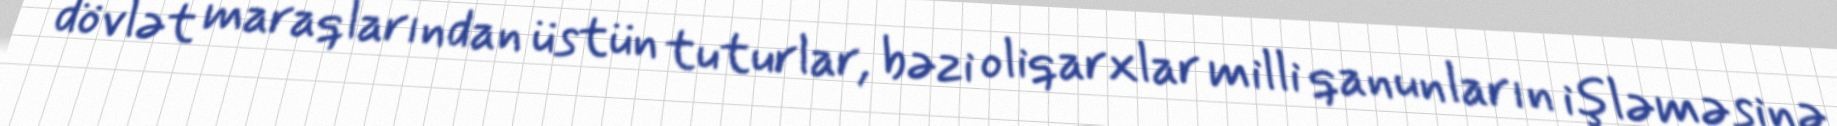
dövlət maraqlarından üstün tuturlar, bəzi oliqarxlar milli qanunların işləməsinə